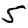
Digit: 5